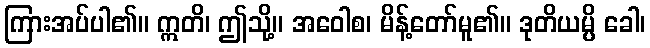
ကြားအပ်ပါ၏။ ဣတိ၊ ဤသို့။ အဝေါစ၊ မိန့်တော်မူ၏။ ဒုတိယမ္ပိ ခေါ၊